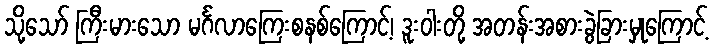
သို့သော် ကြီးမားသော မင်္ဂလာကြေးစနစ်ကြောင့်၊ ဒူးဝါးတို့ အတန်းအစားခွဲခြားမှုကြောင့်